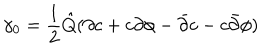
LaTeX: \gamma _ { 0 } = \frac { 1 } { 2 } { \hat { Q } } ( \partial c + c \partial \phi - { \bar { \partial } } c - c { \bar { \partial } } \phi )